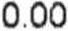
0.00